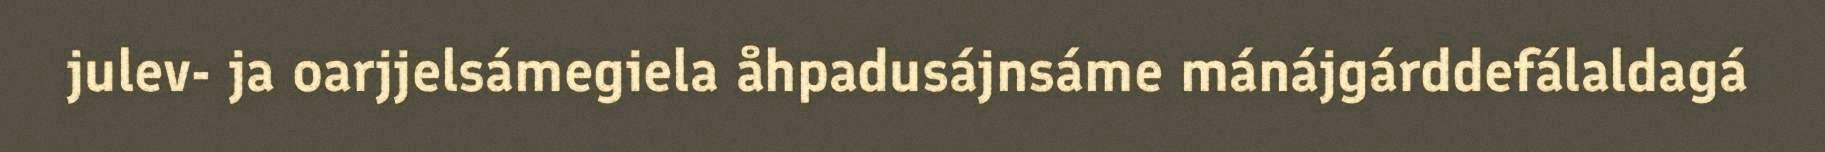
julev- ja oarjjelsámegiela åhpadusájnsáme mánájgárddefálaldagá